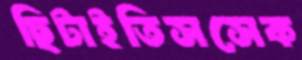
ছিটাইতিসসেক